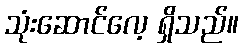
သုံးဆောင်လေ့ ရှိသည်။